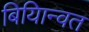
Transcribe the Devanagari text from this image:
बियािन्वत